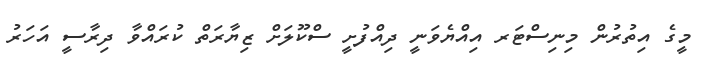
މީގެ އިތުރުން މިނިސްޓަރ އިއްޔެވަނީ ދިއްފުށީ ސްކޫލަށް ޒިޔާރަތް ކުރައްވާ ދިރާސީ އަހަރު